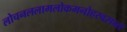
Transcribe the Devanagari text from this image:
लोचनललामलोकमनोहरवसन्त